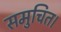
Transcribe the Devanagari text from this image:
समुचित।